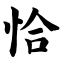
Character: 恰